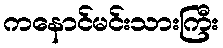
ကနောင်မင်းသားကြီး